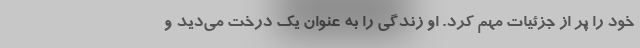
خود را پر از جزئیات مهم کرد. او زندگی را به عنوان یک درخت می‌دید و